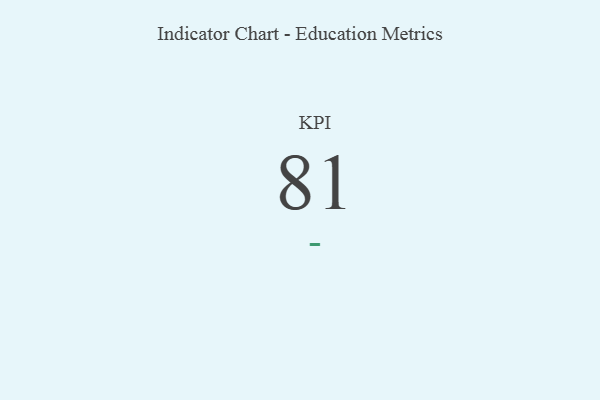
{"axis": {"x": "KPI", "y": "Value"}, "legend": [""], "data": [{"x": "KPI", "y": 81, "type": ""}]}